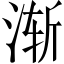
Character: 渐